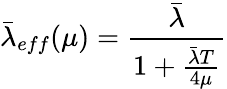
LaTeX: \bar{\lambda}_{eff}(\mu)=\frac{\bar{\lambda}}{1+\frac{\bar{\lambda}T}{4\mu}}